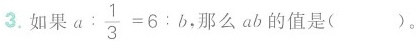
3.如果 a: \frac{1}{3}=6: b，那么ab的值是( )。